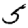
Digit: 5